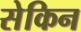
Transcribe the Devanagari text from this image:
सेकिन